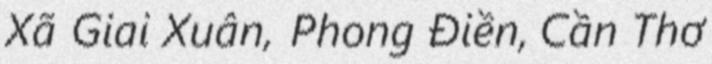
Xã Giai Xuân, Phong Điền, Cần Thơ